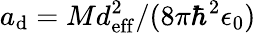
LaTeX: a_{\mathrm{d}}=Md_{\mathrm{eff}}^{2}/(8\pi\hbar^{2}\epsilon_{0})